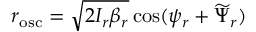
r _ { \mathrm { o s c } } = \sqrt { 2 I _ { r } \beta _ { r } } \cos ( \psi _ { r } + \widetilde { \Psi } _ { r } )